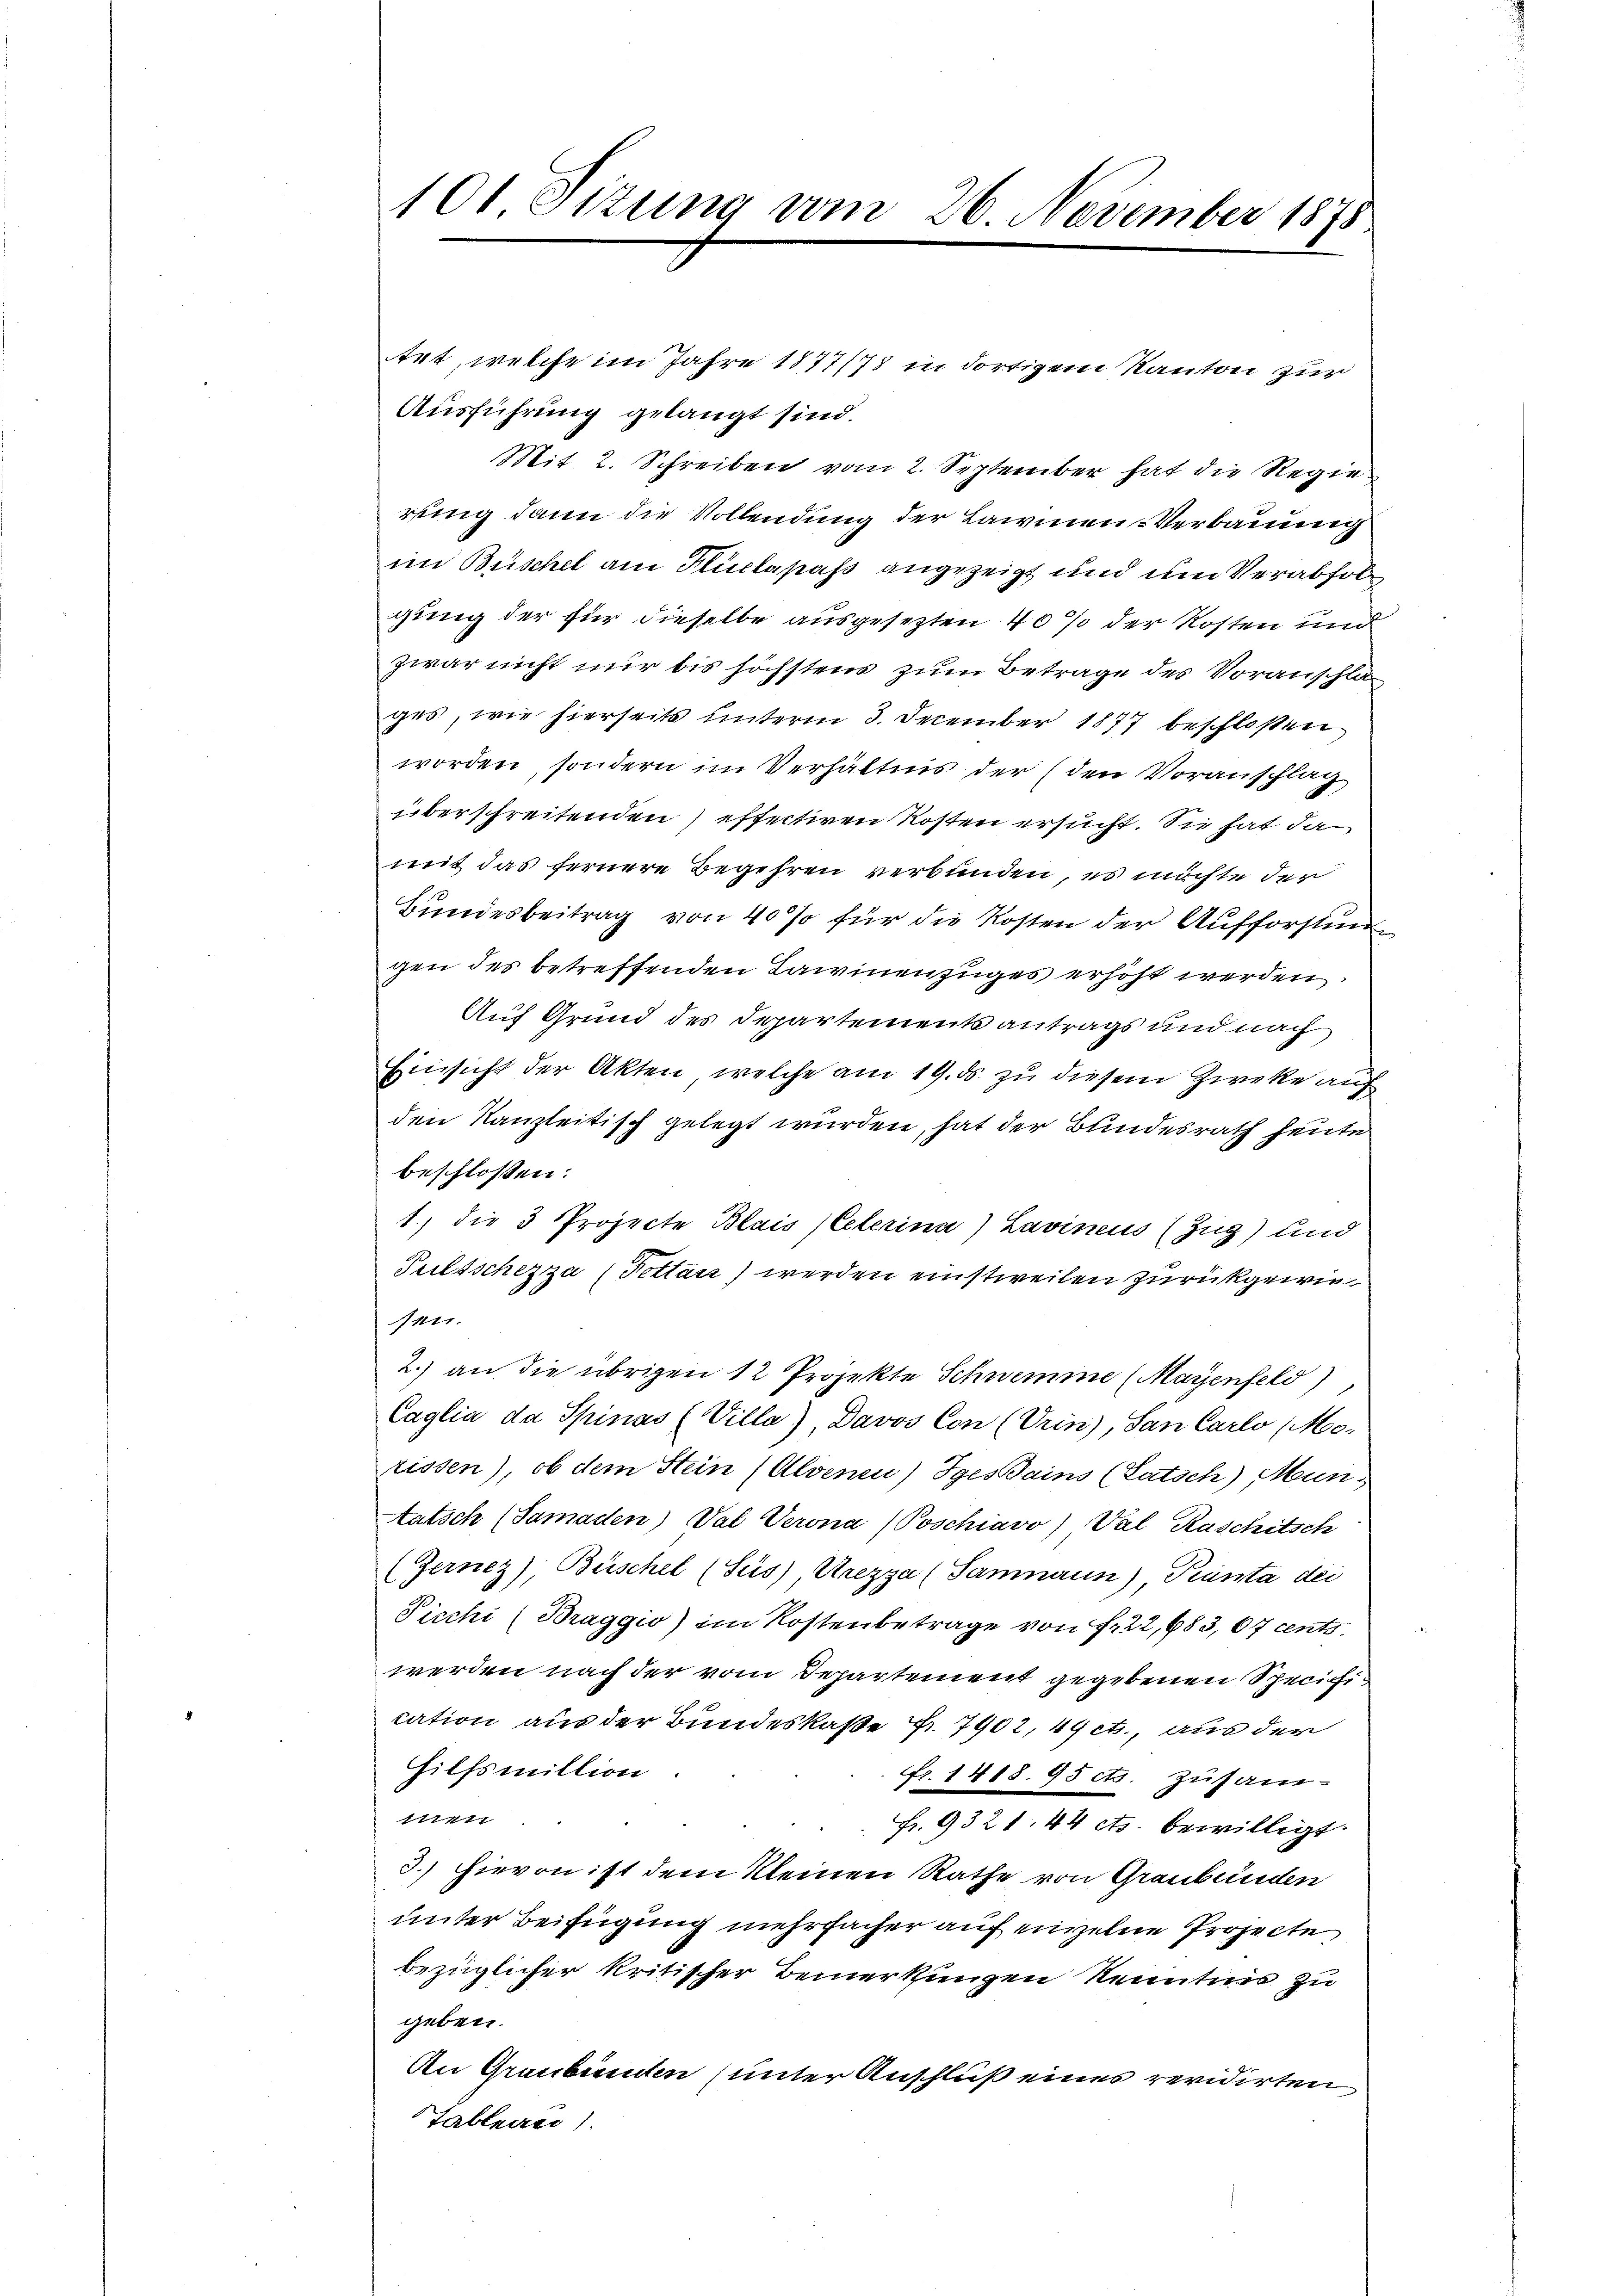
101. Sitzung vom 26. November 1875.

Art, welche im Jahre 1877/78 in dortigem Kanton zur
Ausführung gelangt sind.
Mit 2. Schreiben vom 2. September hat die Regie
rung dann die Vollendung der Lawinen-Verbauung
im Büschel am Pluclapass angezeigt und um Verabfolgung der für dieselbe ausgesezten 40% der Kosten und
zwar nicht nur bis höchstens zum Betrage des Voranschlages, wie hierseits unterm 3. December 1877 beschloßen
worden, sondern im Verhältnis der (den Voranschlag
überschreitenden effectiven Kosten ersucht. Sie hat dan
mit das fernere Begehren verbunden, es möchte der
Bundesbeitrag von 40% für die Kosten der Aufforstungen des betreffenden Lawinenzuges erhöht werden.
Auf Grund des Departementsantrags und nach
Einsicht der Akten, welche am 19. ds. zu diesem Zweke auf
den Kanzleitisch gelegt wurden, hat der Bundesrath heute
beschlossen:
1.) Die 3 Projecte Blais (Ceterina) Lavinens (Zug) und
Pulsschezza (Fettan) werden einstweilen zurückgewiesen.
2.) an die übrigen 12 Projekte Schwemme (Mayenfeld)
Caglia da Spinas (Villa), Davos Con (Urin), San Carlo (Mo-
rissen), ob dem Stein (Alvenen) gestains (Latsch) Müntatsch (Samaden) Val Verona (Poschiavo, Val Raschitsch
(Gernez); Büschel (Sus) Urezza (Samnaun) Pinta dei
Pischi (Braggio) im Kostenbetrage von Fr. 22,683, 67 cents
werden nach der vom Departement gegebenen Specification aus der Bundeskaße Nr. 7902, 49 et, aus der
Hilfsmillion.
Fr. 1418. 95 cts. Zusam-
111/11
Fr. 9321. 44 cts. bewilligt.
3.) Hievon ist dem kleinen Rathe von Graubünden
unter Beifügung mehrfacher auf einzelne Projecte
bezüglicher kritischer Bemerkungen Kenntnis zu
geben.
An Graubünden (unter Anschluß eines revidirten
Tableau